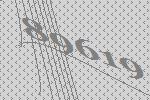
89619